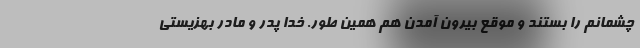
چشمانم را بستند و موقع بیرون آمدن هم همین طور. خدا پدر و مادر بهزیستی